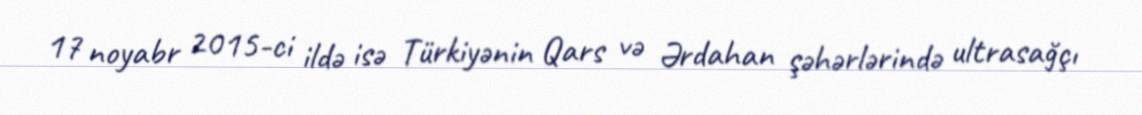
17 noyabr 2015-ci ildə isə Türkiyənin Qars və Ərdahan şəhərlərində ultrasağçı